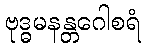
ဗုဒ္ဓမနန္တဂေါစရံ